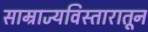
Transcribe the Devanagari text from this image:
साम्राज्यविस्तारातून